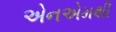
એનએમથી